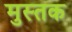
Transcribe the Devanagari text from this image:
मुस्तक